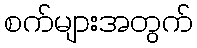
စက်များအတွက်